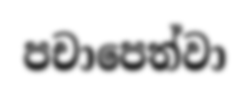
පචාපෙත්වා